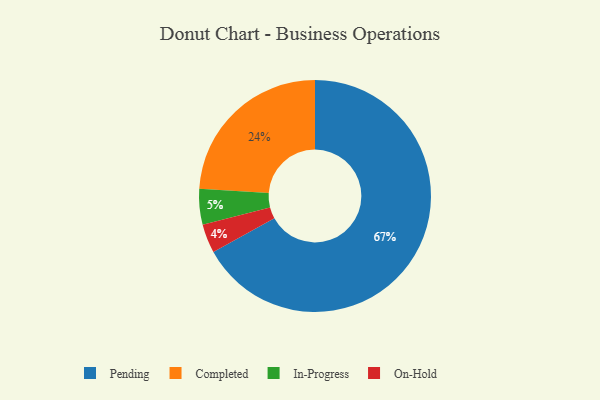
{"axis": {"x": "Category", "y": "Percentage"}, "legend": ["Completed", "In-Progress", "On-Hold", "Pending"], "data": [{"x": "Completed", "y": 24, "type": "Completed"}, {"x": "On-Hold", "y": 4, "type": "On-Hold"}, {"x": "Pending", "y": 67, "type": "Pending"}, {"x": "In-Progress", "y": 5, "type": "In-Progress"}]}